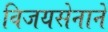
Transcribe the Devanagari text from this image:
विजयसेनाने